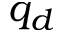
q _ { d }